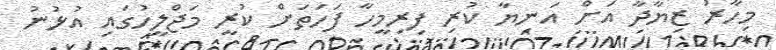
މިހާރު ޒިޔާދާ އަށް އަނިޔާ ކުރި ފިރިމީހާ ފަހަތަށް ކުރީ މަޖްލީހުގައި އުޅުނު